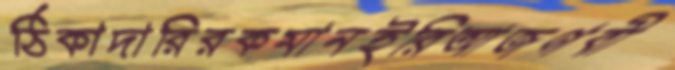
ঠিকাদারিরকমানইরিআজগবী